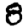
Digit: 8